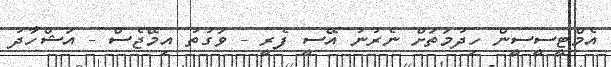
އެމްޓީސީސީން ހިދުމަތަށް ނެރުނު އޭސީ ފެރީ - ވަގުތު އިމޭޖެސް - އަޝްހާދު